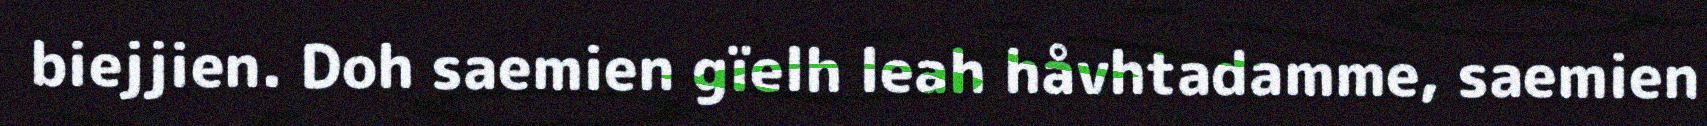
biejjien. Doh saemien gïelh leah håvhtadamme, saemien